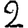
Digit: 2